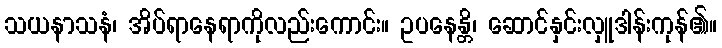
သယနာသနံ၊ အိပ်ရာနေရာကိုလည်းကောင်း။ ဥပနေန္တိ၊ ဆောင်နှင်းလှူဒါန်းကုန်၏။